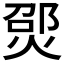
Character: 𪹃